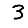
Digit: 3